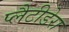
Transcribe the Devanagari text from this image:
प्लैटीडेरा